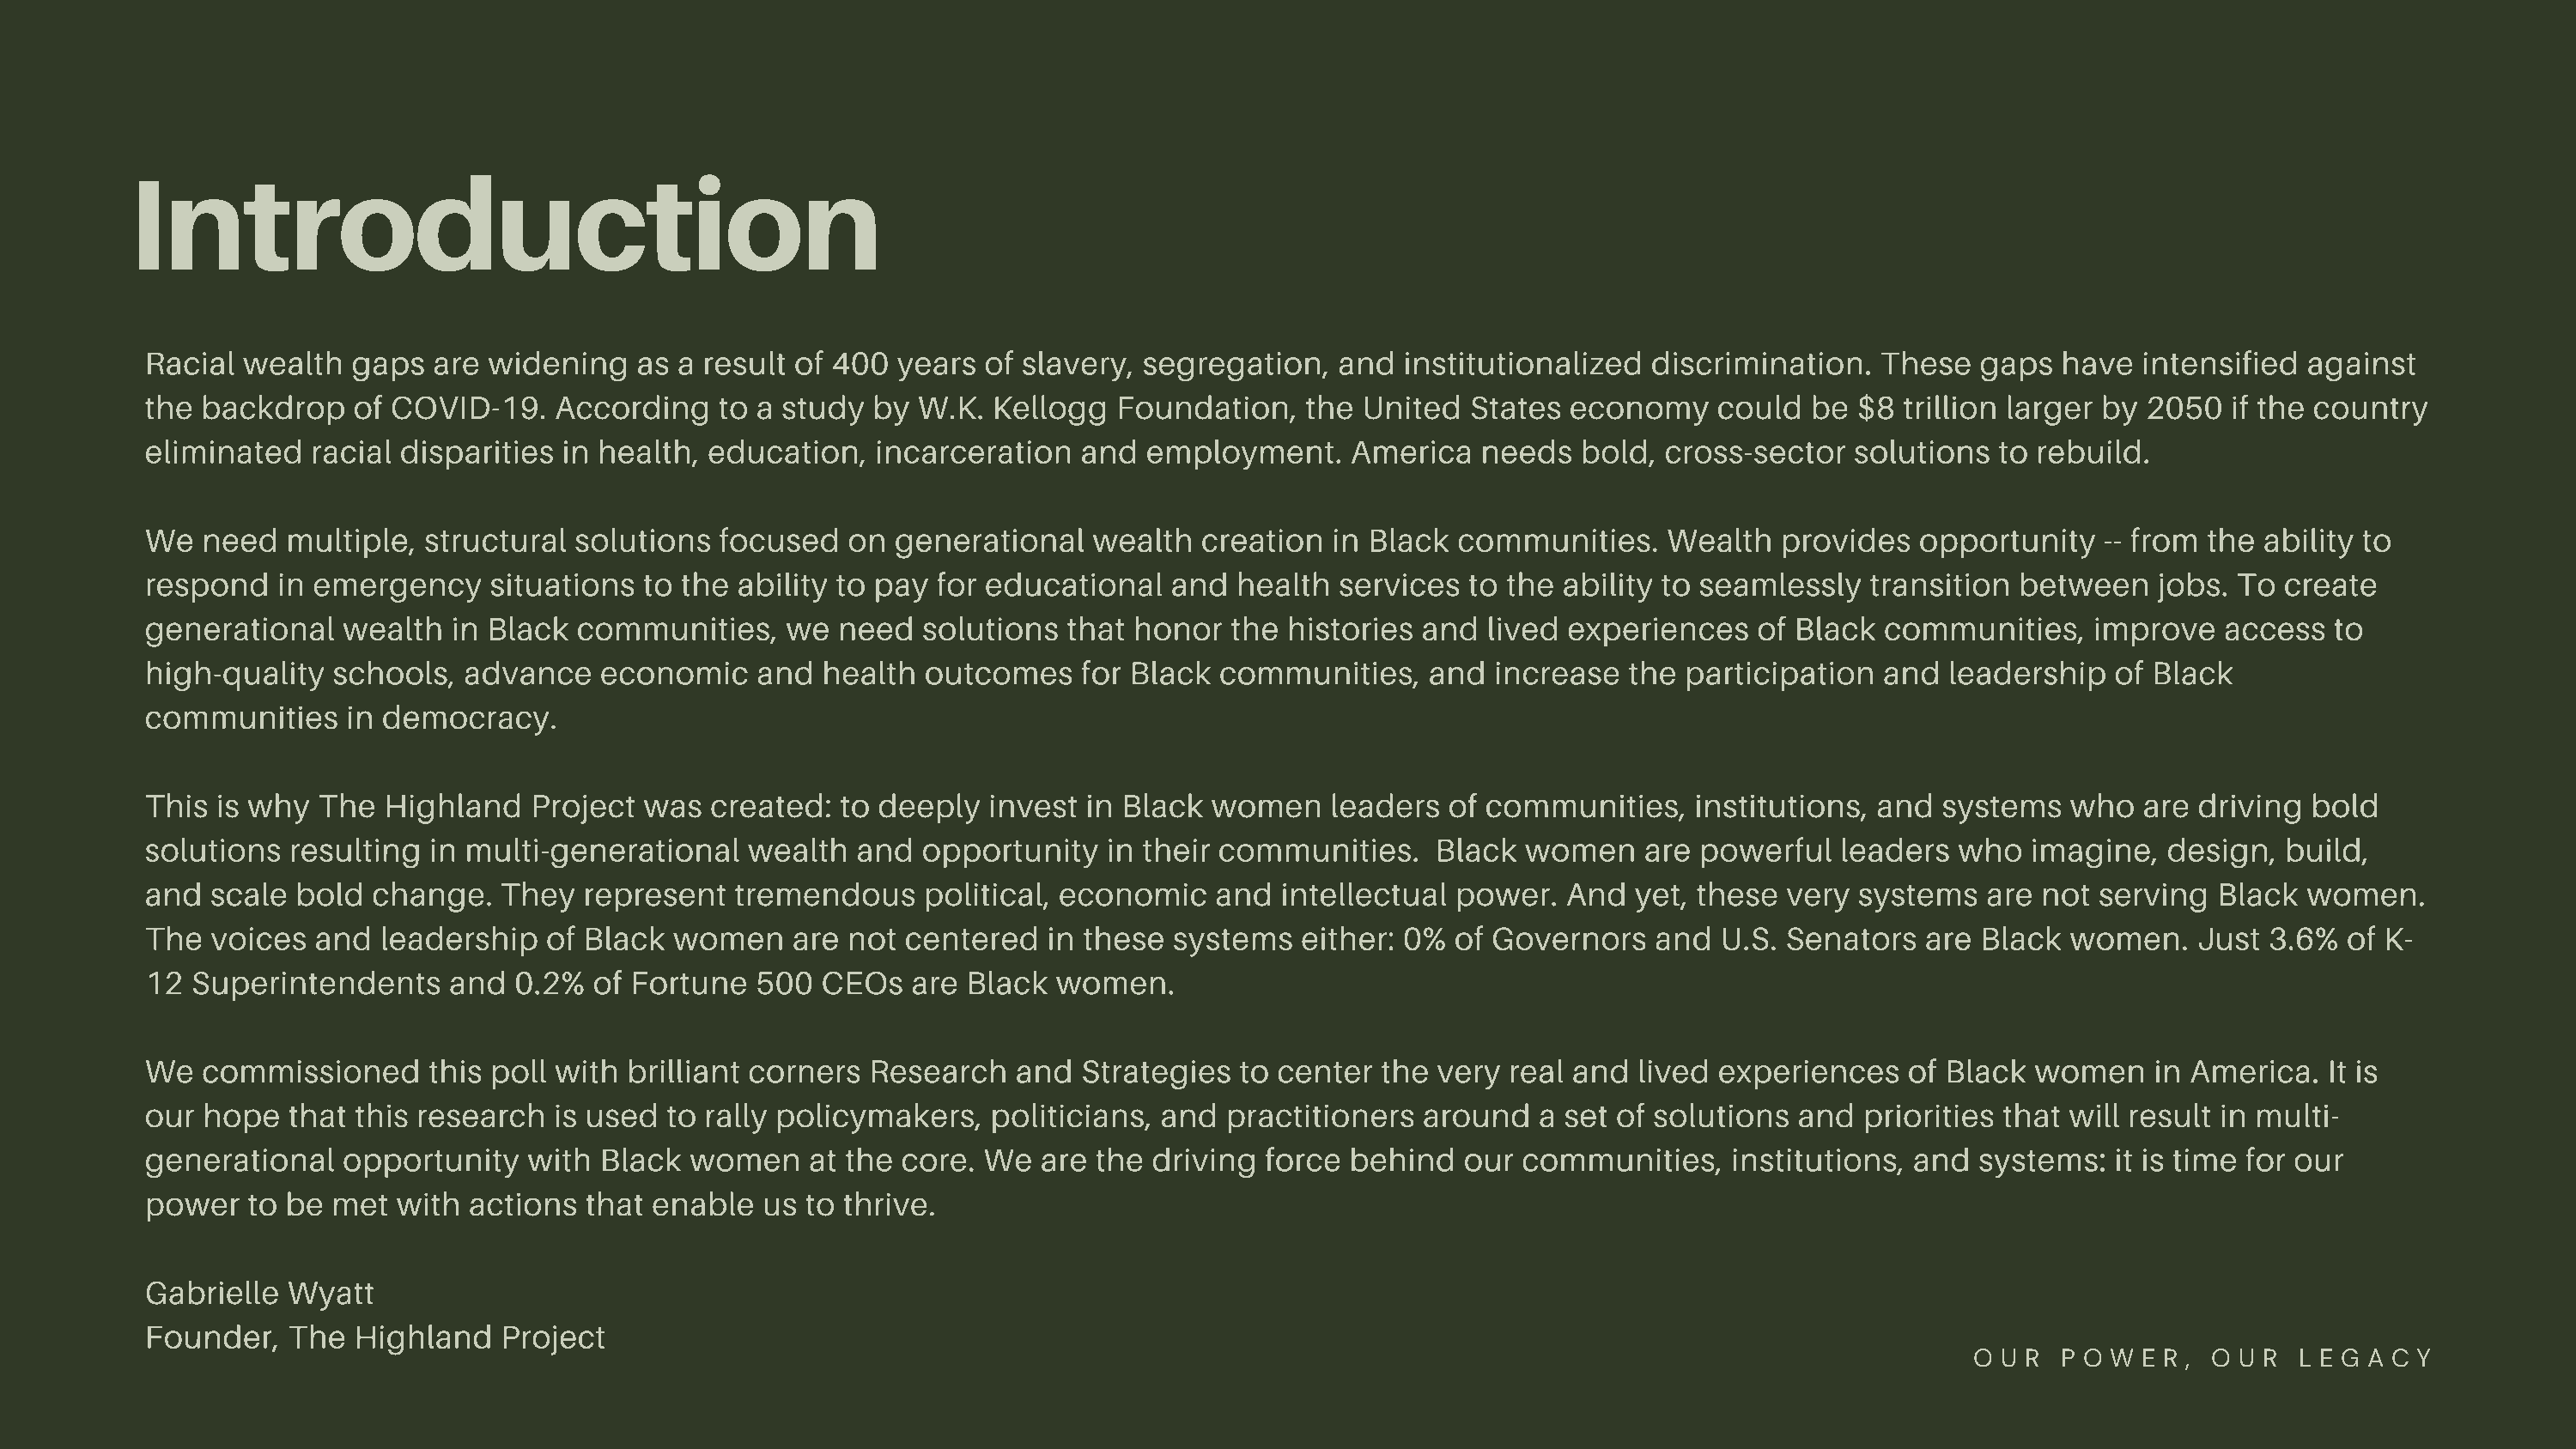
Introduction
 Racial  wealth  gaps  are  widening   as a result of 400  years  of slavery, segregation,   and  institutionalized  discrimination.   These   gaps  have  intensified  against
 the  backdrop   of COVID-19.    According   to a study  by  W.K.  Kellogg  Foundation,    the United  States  economy    could   be $8  trillion larger by 2050  if the country
 eliminated   racial disparities in health,  education,  incarceration   and  employment.     America   needs   bold, cross-sector   solutions  to rebuild.
 We   need  multiple,  structural solutions  focused   on  generational   wealth   creation  in Black communities.     Wealth  provides   opportunity   -- from the  ability to
 respond   in emergency     situations  to the ability to pay for educational   and  health  services  to the ability to seamlessly   transition  between   jobs. To  create
 generational   wealth   in Black communities,     we  need  solutions  that honor   the histories  and  lived experiences   of Black  communities,    improve   access   to
 high-quality   schools,  advance   economic    and  health  outcomes    for Black  communities,    and  increase   the participation  and  leadership   of Black
 communities     in democracy.
 This  is why  The  Highland   Project  was  created:  to deeply  invest  in Black women     leaders  of communities,    institutions, and  systems   who  are driving  bold
 solutions  resulting  in multi-generational    wealth  and  opportunity   in their communities.     Black  women    are powerful   leaders  who   imagine,  design,  build,
 and  scale  bold  change.   They  represent   tremendous    political, economic    and  intellectual power.   And  yet, these  very systems   are not  serving  Black  women.
 The  voices  and  leadership   of Black  women    are not  centered   in these systems   either: 0%  of Governors    and  U.S. Senators  are  Black  women.   Just  3.6%  of K-
 12  Superintendents     and  0.2%  of Fortune  500  CEOs   are  Black women.
 We   commissioned     this poll with brilliant corners  Research   and  Strategies   to center the  very real and  lived experiences    of Black  women    in America.  It is
 our  hope  that this research   is used to rally policymakers,   politicians, and   practitioners  around   a set of solutions  and  priorities that will result in multi-
 generational   opportunity    with Black  women    at the core.  We  are the  driving  force behind   our communities,    institutions,  and  systems:  it is time for our
 power   to be  met  with actions  that enable   us to thrive.
 Gabrielle  Wyatt
 Founder,   The  Highland    Project
 O U R  P O W E R , O U R L E G A C Y